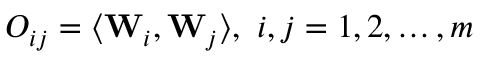
O _ { i j } = \langle { \bf W } _ { i } , { \bf W } _ { j } \rangle , ~ i , j = 1 , 2 , \ldots , m